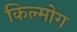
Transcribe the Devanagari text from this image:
किल्मोग